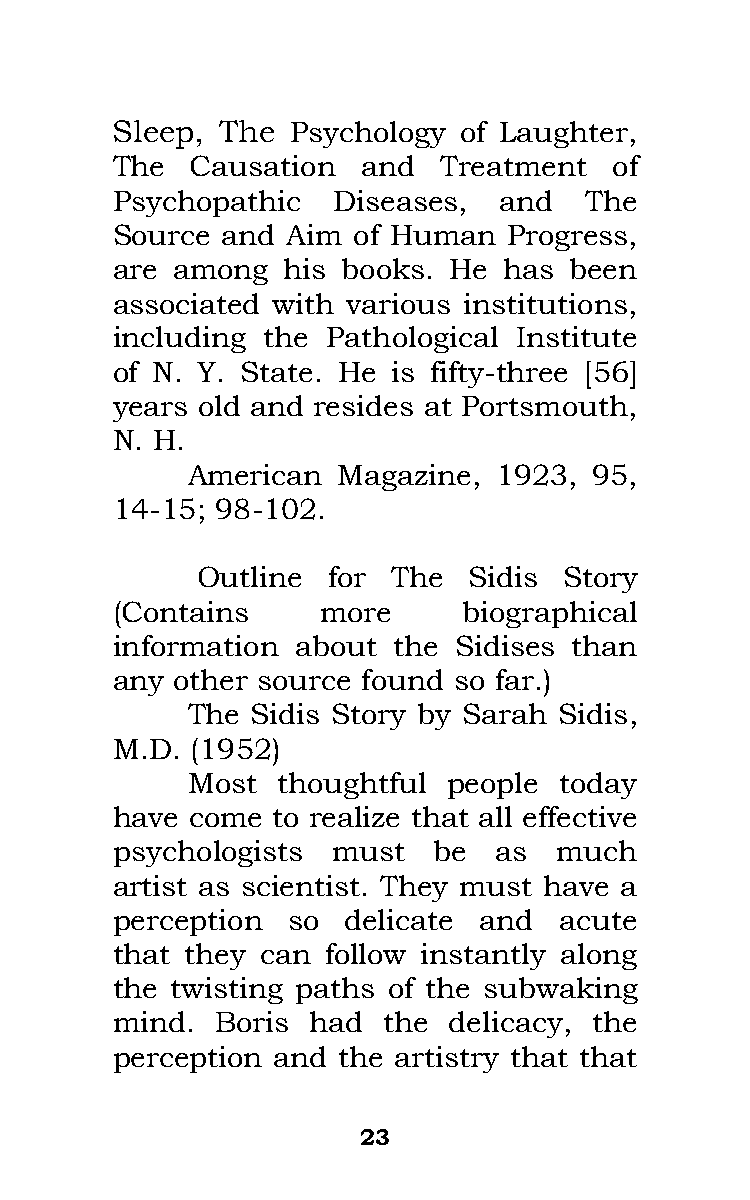
Sleep,  The Psychology of Laughter,
 The   Causation  and  Treatment   of
 Psychopathic   Diseases,  and   The
 Source  and Aim of Human   Progress,
 are among   his books. He has  been
 associated with various institutions,
 including the  Pathological Institute
 of N. Y. State. He is fifty-three [56]
 years old and resides at Portsmouth,
 N. H.
 American  Magazine,  1923, 95,
 14-15; 98-102.
 Outline  for The  Sidis Story
 (Contains     more      biographical
 information  about the Sidises than
 any  other source found so far.)
 The  Sidis Story by Sarah Sidis,
 M.D.  (1952)
 Most  thoughtful  people today
 have  come to realize that all effective
 psychologists  must   be  as  much
 artist as scientist. They must have a
 perception  so  delicate and  acute
 that they can  follow instantly along
 the twisting paths of the subwaking
 mind.  Boris  had the  delicacy, the
 perception and the artistry that that
 23